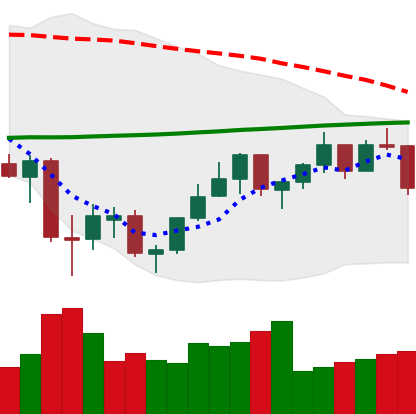
Ticker: ETH-USD
Chart end date: 2021-07-08
Forward return: -8.488%
Label: down_7plus